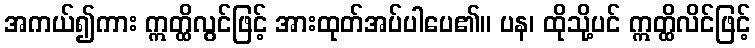
အကယ်၍ကား ဣတ္ထိလွင်ဖြင့် အားထုတ်အပ်ပါပေ၏။ ပန၊ ထိုသို့ပင် ဣတ္ထိလိင်ဖြင့်